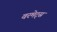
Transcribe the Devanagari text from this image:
वरमेट्स